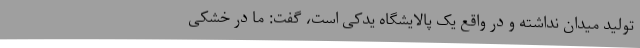
تولید میدان نداشته و در واقع یک پالایشگاه یدکی است، گفت: ما در خشکی